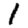
Digit: 1